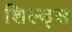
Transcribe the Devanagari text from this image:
शिल्ड्स